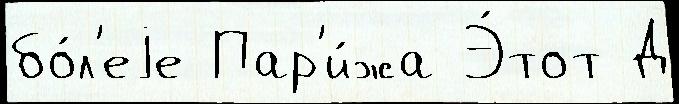
бо́л'еjе Пар'и́жа Э́тот Д